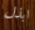
ابذل